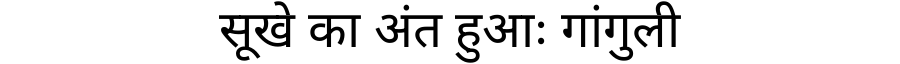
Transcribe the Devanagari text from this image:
सूखे का अंत हुआः गांगुली